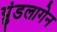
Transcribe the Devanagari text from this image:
ग्रुंडलागेन